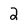
Character: 2